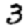
Digit: 3